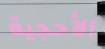
الأحجية